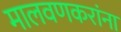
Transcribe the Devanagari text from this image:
मालवणकरांना